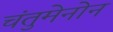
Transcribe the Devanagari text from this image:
चंतुमेनोन